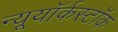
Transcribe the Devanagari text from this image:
न्यूयॉर्कस्टॉक